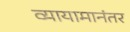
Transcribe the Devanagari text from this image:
व्यायामानंतर